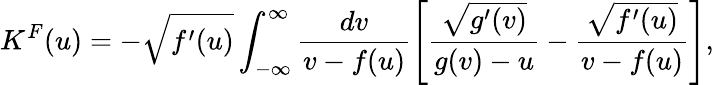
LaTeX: K^{F}(u)=-\sqrt{f^{\prime}(u)}\int_{-\infty}^{\infty}\frac{dv}{v-f(u)}\left[\frac{\sqrt{g^{\prime}(v)}}{g(v)-u}-\frac{\sqrt{f^{\prime}(u)}}{v-f(u)}\right],